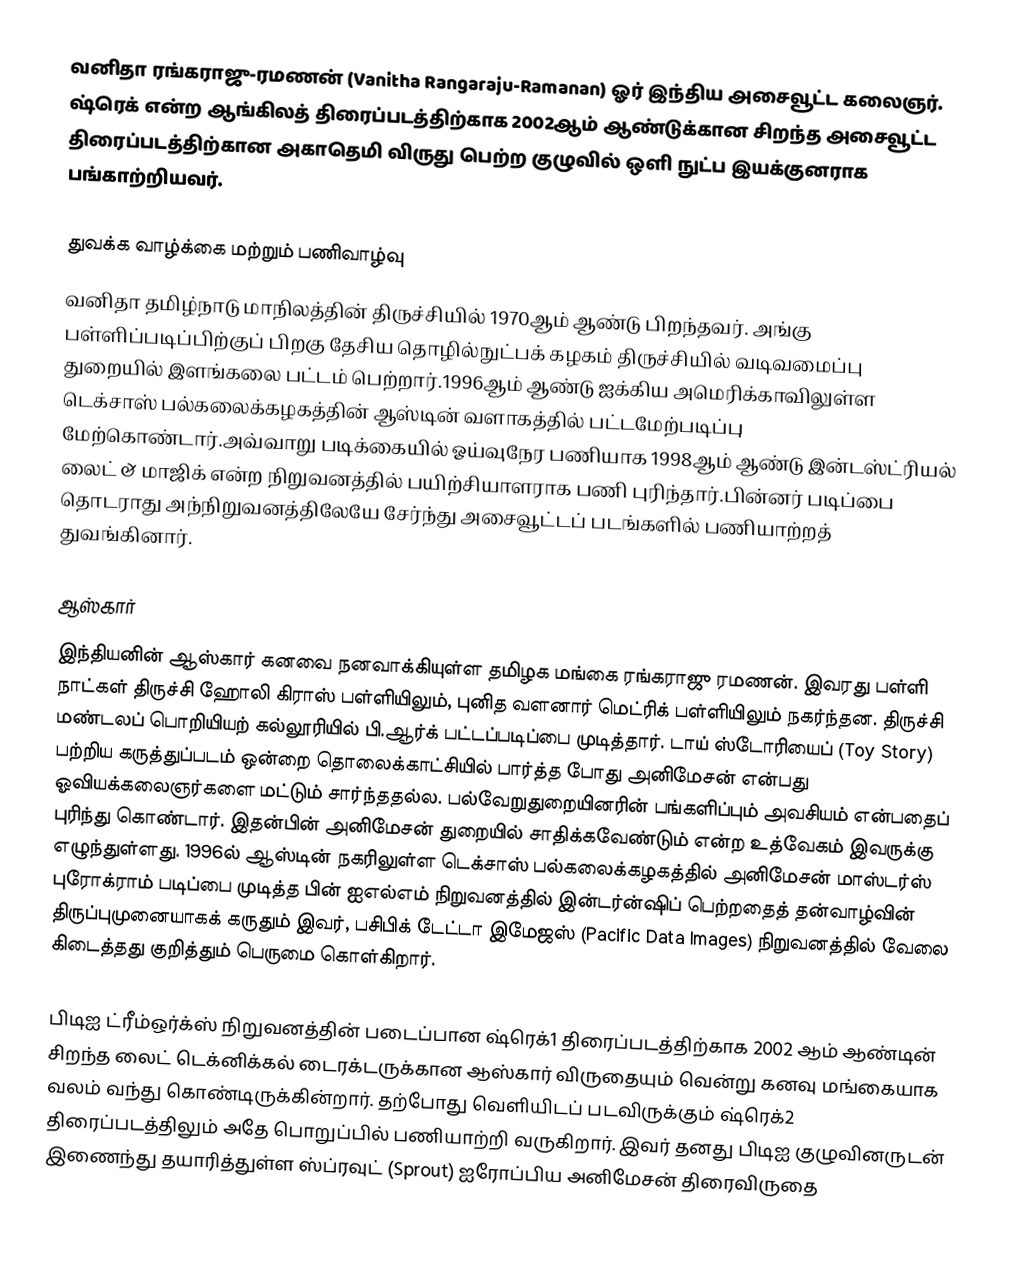
வனிதா ரங்கராஜு-ரமணன் (Vanitha Rangaraju-Ramanan)  ஓர்  இந்திய அசைவூட்ட கலைஞர். ஷ்ரெக் என்ற ஆங்கிலத் திரைப்படத்திற்காக 2002ஆம் ஆண்டுக்கான சிறந்த அசைவூட்ட திரைப்படத்திற்கான அகாதெமி விருது பெற்ற குழுவில் ஒளி நுட்ப இயக்குனராக பங்காற்றியவர்.

துவக்க வாழ்க்கை மற்றும் பணிவாழ்வு
வனிதா தமிழ்நாடு மாநிலத்தின் திருச்சியில் 1970ஆம் ஆண்டு பிறந்தவர். அங்கு பள்ளிப்படிப்பிற்குப் பிறகு தேசிய தொழில்நுட்பக் கழகம் திருச்சியில் வடிவமைப்பு துறையில் இளங்கலை பட்டம் பெற்றார்.1996ஆம் ஆண்டு ஐக்கிய அமெரிக்காவிலுள்ள டெக்சாஸ் பல்கலைக்கழகத்தின் ஆஸ்டின் வளாகத்தில் பட்டமேற்படிப்பு மேற்கொண்டார்.அவ்வாறு படிக்கையில் ஓய்வுநேர பணியாக 1998ஆம் ஆண்டு இன்டஸ்ட்ரியல் லைட் & மாஜிக் என்ற நிறுவனத்தில் பயிற்சியாளராக பணி புரிந்தார்.பின்னர் படிப்பை தொடராது அந்நிறுவனத்திலேயே சேர்ந்து அசைவூட்டப் படங்களில் பணியாற்றத் துவங்கினார்.

ஆஸ்கார்
இந்தியனின் ஆஸ்கார் கனவை நனவாக்கியுள்ள தமிழக மங்கை ரங்கராஜு ரமணன். இவரது பள்ளி நாட்கள் திருச்சி ஹோலி கிராஸ் பள்ளியிலும், புனித வளனார் மெட்ரிக் பள்ளியிலும் நகர்ந்தன. திருச்சி மண்டலப் பொறியியற் கல்லூரியில் பி.ஆர்க் பட்டப்படிப்பை முடித்தார். டாய் ஸ்டோரியைப் (Toy Story) பற்றிய கருத்துப்படம் ஒன்றை தொலைக்காட்சியில் பார்த்த போது அனிமேசன் என்பது ஓவியக்கலைஞர்களை மட்டும் சார்ந்ததல்ல. பல்வேறுதுறையினரின் பங்களிப்பும் அவசியம் என்பதைப் புரிந்து கொண்டார். இதன்பின் அனிமேசன் துறையில் சாதிக்கவேண்டும் என்ற உத்வேகம் இவருக்கு எழுந்துள்ளது. 1996ல் ஆஸ்டின் நகரிலுள்ள டெக்சாஸ் பல்கலைக்கழகத்தில் அனிமேசன் மாஸ்டர்ஸ் புரோக்ராம் படிப்பை முடித்த பின்  ஐஎல்எம் நிறுவனத்தில் இன்டர்ன்ஷிப் பெற்றதைத் தன்வாழ்வின் திருப்புமுனையாகக் கருதும் இவர், பசிபிக் டேட்டா இமேஜஸ் (Pacific Data Images) நிறுவனத்தில் வேலை கிடைத்தது குறித்தும் பெருமை கொள்கிறார்.

பிடிஐ ட்ரீம்ஒர்க்ஸ் நிறுவனத்தின் படைப்பான ஷ்ரெக்1 திரைப்படத்திற்காக 2002 ஆம் ஆண்டின் சிறந்த லைட் டெக்னிக்கல் டைரக்டருக்கான ஆஸ்கார் விருதையும் வென்று கனவு மங்கையாக வலம் வந்து கொண்டிருக்கின்றார். தற்போது வெளியிடப் படவிருக்கும் ஷ்ரெக்2 திரைப்படத்திலும் அதே பொறுப்பில் பணியாற்றி வருகிறார். இவர் தனது பிடிஐ குழுவினருடன் இணைந்து தயாரித்துள்ள ஸ்ப்ரவுட் (Sprout) ஐரோப்பிய அனிமேசன் திரைவிருதை